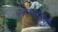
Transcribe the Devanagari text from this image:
बदलवायची